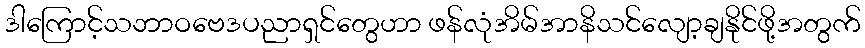
ဒါကြောင့်သဘာဝဗေဒပညာရှင်တွေဟာ ဖန်လုံအိမ်အာနိသင်လျော့ချနိုင်ဖို့အတွက်